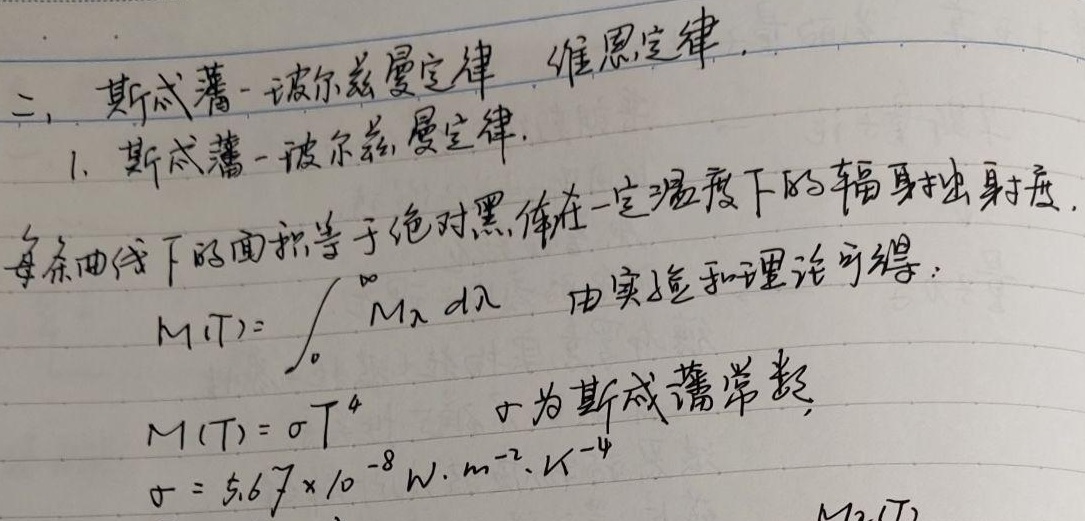
二、斯忒藩 - 玻尔兹曼定律 维恩定律
1. 斯忒藩 - 玻尔兹曼定律.
每条曲线下的面积等于绝对黑体在一定温度下的辐射出射度.
\[M(T)=\int_{0}^{\infty} M_{\lambda}\mathrm{d}\lambda\] 由实验和理论可得：
\[M(T)=\sigma T^{4}\] $\sigma$为斯忒藩常数，
\[\sigma = 5.67\times 10^{-8} \mathrm{W}\cdot \mathrm{m}^{-2}\cdot \mathrm{K}^{-4}\]